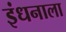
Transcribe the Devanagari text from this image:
इंधनाला